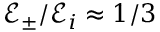
\mathcal { E } _ { \pm } / \mathcal { E } _ { i } \approx 1 / 3